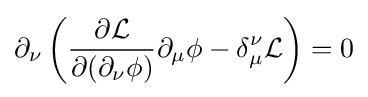
\partial _{\nu }\left({\frac {\partial {\mathcal {L}}}{\partial (\partial _{\nu }\phi )}}\partial _{\mu }\phi -\delta _{\mu }^{\nu }{\mathcal {L}}\right)=0